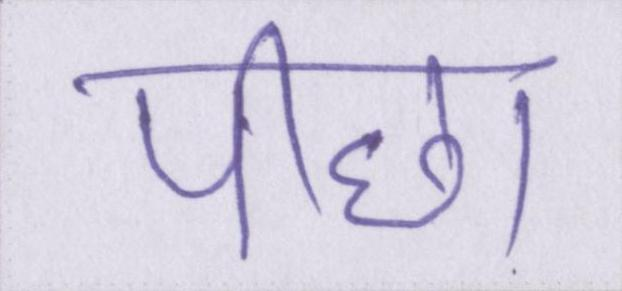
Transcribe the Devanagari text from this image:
पीछा